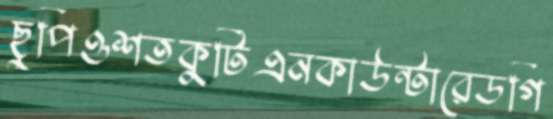
ছুপিওশতকুটিএনকাউন্টারেডগি